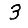
Digit: 3